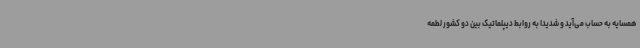
همسایه به حساب می‌آید و شدیداً به روابط دیپلماتیک بین دو کشور لطمه